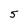
Character: 5